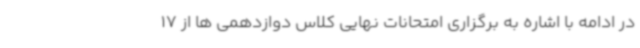
در ادامه با اشاره به برگزاری امتحانات نهایی کلاس دوازدهمی ها از 17